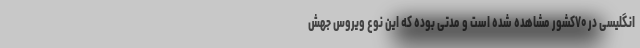
انگلیسی در ۷۰کشور مشاهده شده است و مدتی بوده که این نوع ویروس جهش